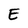
Character: E